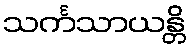
သင်္ကသာယန္တိ